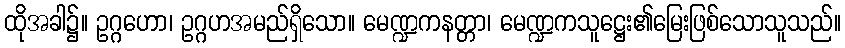
ထိုအခါ၌။ ဥဂ္ဂဟော၊ ဥဂ္ဂဟအမည်ရှိသော။ မေဏ္ဍကနတ္တာ၊ မေဏ္ဍကသူဋ္ဌေး၏မြေးဖြစ်သောသူသည်။